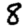
Digit: 8